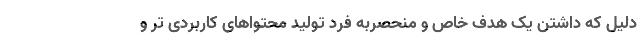
دلیل که داشتن یک هدف خاص و منحصربه فرد تولید محتواهای کاربردی تر و